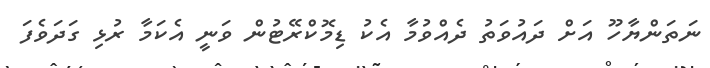
ނަތަންޔާހޫ އަށް ދައުވަތު ދެއްވުމާ އެކު ޑިމޮކްރޭޓުން ވަނީ އެކަމާ ރުޅި ގަދަވެފަ